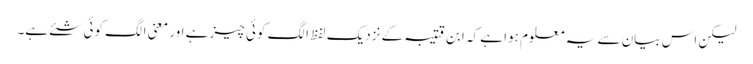
لیکن اس بیان سے یہ معلوم ہوا ہے کہ ابن قتیبہ کے نزدیک لفظ الگ کوئی چیز ہے اور معنی الگ کوئی شئے ہے۔